Scottish Leaving Certificate Examination, 1957
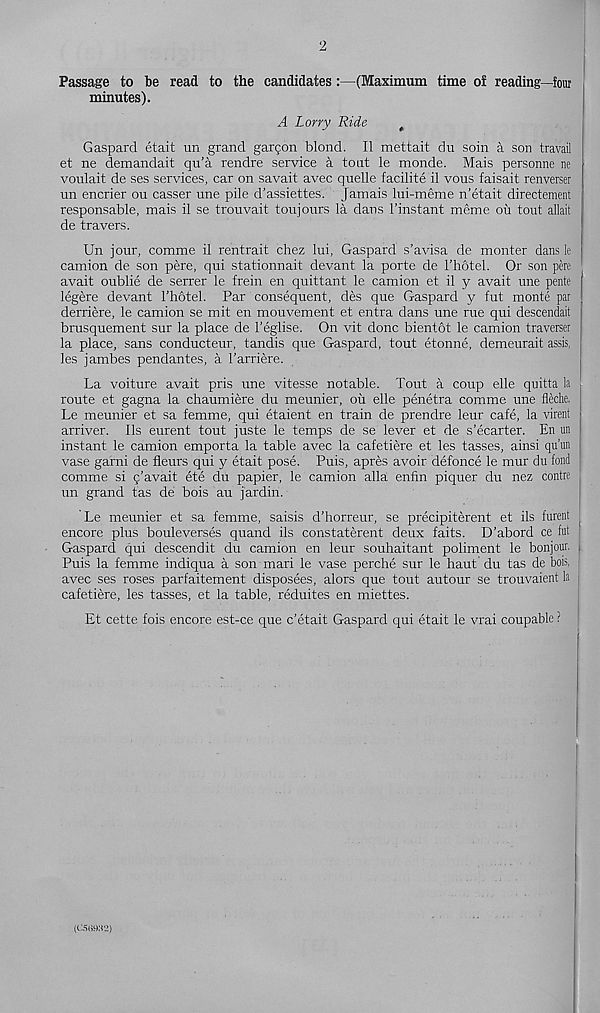
2
Passage to be read to the candidates:—(Maximum time of reading—four
minutes).
A Lorry Ride
t
Gaspard etait un grand garden blond. II mettait du soin a son travail
et ne demandait qu’a rendre service a tout le monde. Mais personne ne
voulait de ses services, car on savait avec quelle facilite il vous faisait renverser
un encrier ou casser une pile d’assiettes. Jamais lui-meme n’etait directement
responsable, mais il se trouvait toujours la dans 1’instant meme ou tout allait
de travers.
Un jour, comme il rentrait chez lui, Gaspard s’avisa de monter dans le ;
camion de son pere, qui stationnait devant la porte de I’hotel. Or son pere
avait oublie de serrer le frein en quittant le camion et il y avait une pente
legere devant I’hotel. Par consequent, des que Gaspard y fut monte par
derriere, le camion se mit en mouvement et entra dans une rue qui descendait
brusquement sur la place de 1’eglise. On vit done bientot le camion traverser
la place, sans conducteur, tandis que Gaspard, tout etonne, demeurait assis,
les jambes pendantes, a Tarriere.
La voiture avait pris une vitesse notable. Tout a coup elle quitta la
route et gagna la chaumiere du meunier, ou elle penetra comme une fleche.
Le meunier et sa femme, qui etaient en train de prendre leur cafe, la virent
arriver. Ils eurent tout juste le temps de se lever et de s’ecarter. En un
instant le camion emporta la table avec la cafetiere et les tasses, ainsi qu’un
vase garni de fleurs qui y etait pose. Puis, apres avoir defence le mur du fond
comme si q’avait ete du papier, le camion alia enfin piquer du nez contre
un grand tas de bois au jardin.
Le meunier et sa femme, saisis d’horreur, se precipiterent et ils furent
encore plus bouleverses quand ils constaterent deux faits. D’abord ce fut
Gaspard qui descendit du camion en leur souhaitant poliment le bonjour. .
Puis la femme indiqua a son mari le vase perche sur le haut du tas de bois, j
avec ses roses parfaitement disposees, alors que tout autour se trouvaient la
cafetiere, les tasses, et la table, reduites en miettes.
Et cette fois encore est-ce que e’etait Gaspard qui etait le vrai coupable ?
(C5HH82)